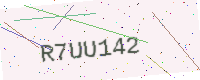
Text: R7UU142